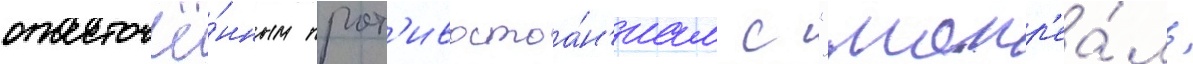
ожесточё́нным прот'ивостоа́н'иам с "монр'еа́ль